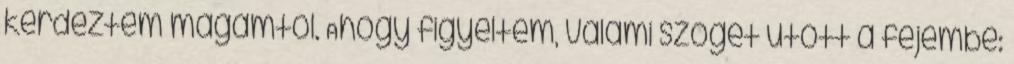
kérdeztem magamtól. Ahogy figyeltem, valami szöget ütött a fejembe: